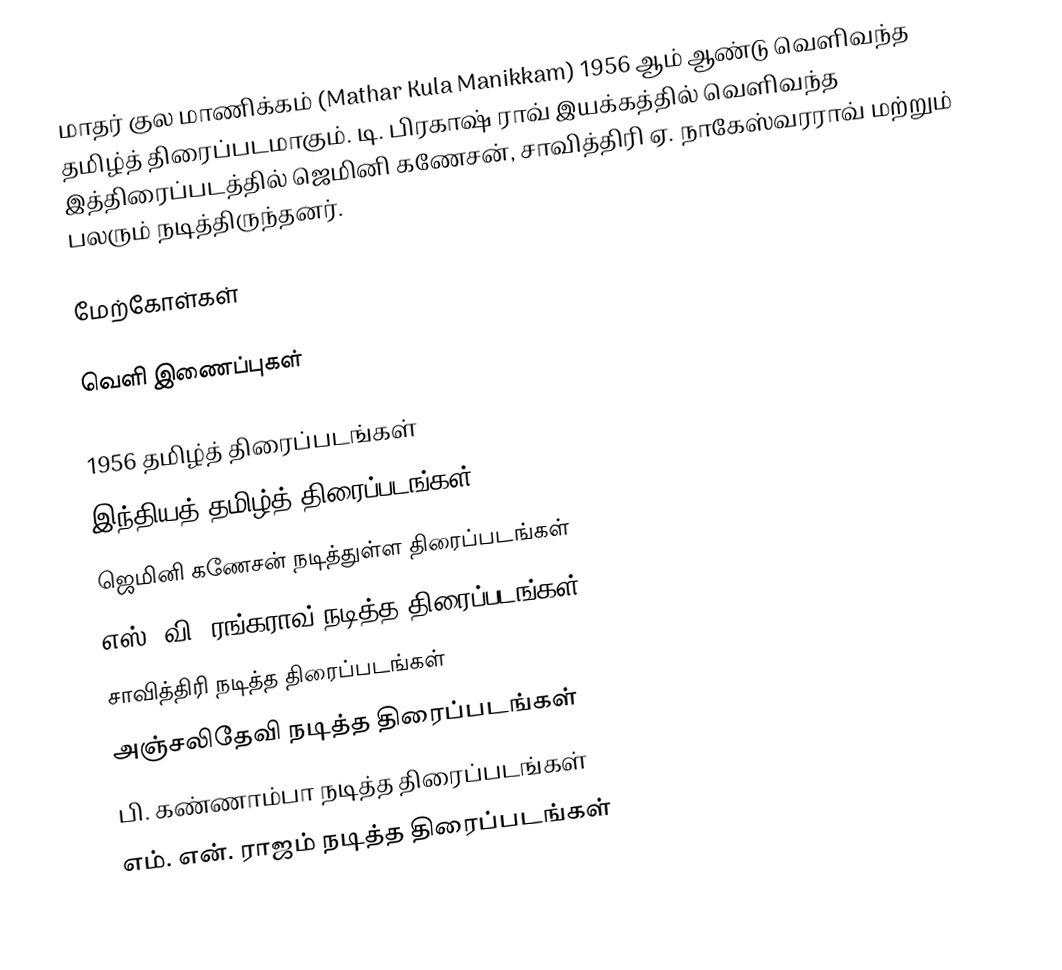
மாதர் குல மாணிக்கம் (Mathar Kula Manikkam) 1956 ஆம் ஆண்டு வெளிவந்த தமிழ்த் திரைப்படமாகும். டி. பிரகாஷ் ராவ் இயக்கத்தில் வெளிவந்த இத்திரைப்படத்தில் ஜெமினி கணேசன், சாவித்திரி ஏ. நாகேஸ்வரராவ் மற்றும் பலரும் நடித்திருந்தனர்.

மேற்கோள்கள்

வெளி இணைப்புகள்

1956 தமிழ்த் திரைப்படங்கள்
இந்தியத் தமிழ்த் திரைப்படங்கள்
ஜெமினி கணேசன் நடித்துள்ள திரைப்படங்கள்
எஸ். வி. ரங்கராவ் நடித்த திரைப்படங்கள்
சாவித்திரி நடித்த திரைப்படங்கள்
அஞ்சலிதேவி நடித்த திரைப்படங்கள்
பி. கண்ணாம்பா நடித்த திரைப்படங்கள்
எம். என். ராஜம் நடித்த திரைப்படங்கள்